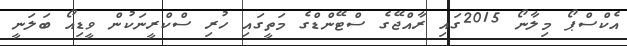
އެކްސްޕޯ މިލާނޯ 2015ގައި ރާއްޖޭގެ ސްޓޭންޑްގެ މަތީގައި ހުރި ސްކްރީނަކުން ވީޑިއޯ ބަލަނީ